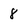
Character: 8